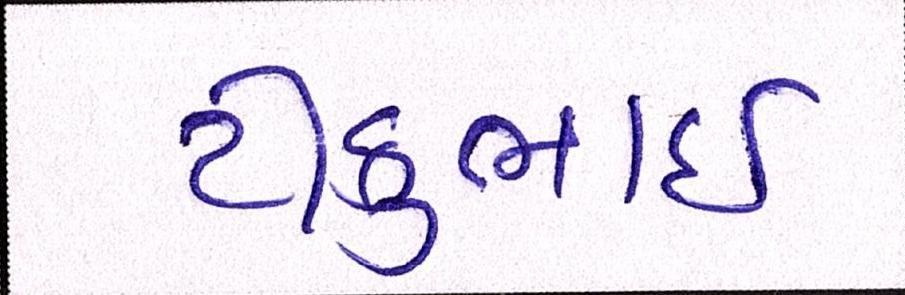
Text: ટીકુભાઇ